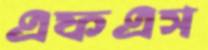
এফএস